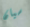
سيان